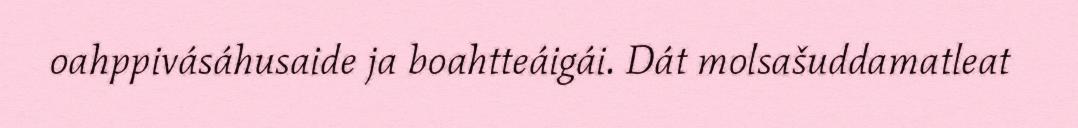
oahppivásáhusaide ja boahtteáigái. Dát molsašuddamatleat